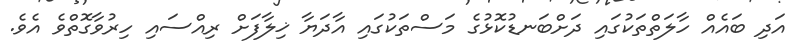
އަދި ބައެއް ހާލަތްތަކުގައި ދަށްބަނޑުކޮޅުގެ މަސްތަކުގައި އާދަޔާ ޚިލާފަށް ރިއްސައި ހިރުވާގޮތްވެ އެވެ.